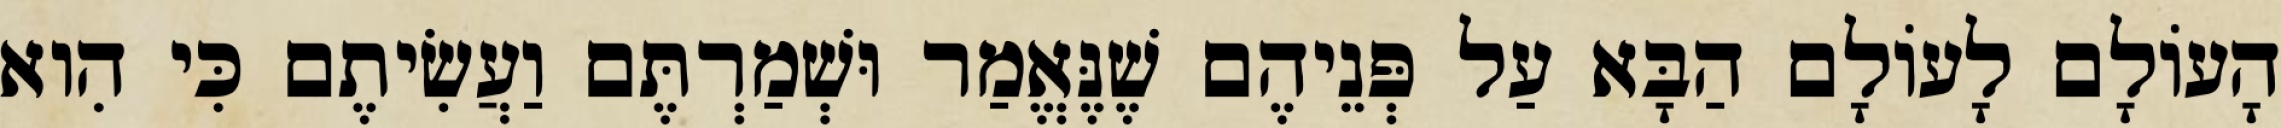
הָעוֹלָם לָעוֹלָם הַבָּא עַל פְּנֵיהֶם שֶׁנֶּאֱמַר וּשְׁמַרְתֶּם וַעֲשִׂיתֶם כִּי הִוא